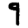
Digit: 9